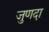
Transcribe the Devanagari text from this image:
जुणदा